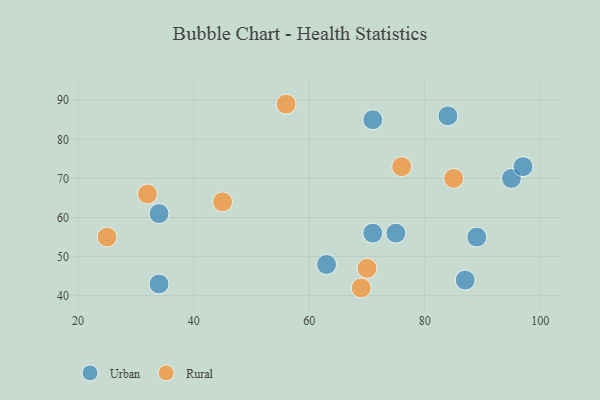
{"axis": {"x": "GDP", "y": "Life Expectancy"}, "legend": ["Rural", "Urban"], "data": [{"x": "34", "y": 43, "type": "Urban"}, {"x": "84", "y": 86, "type": "Urban"}, {"x": "95", "y": 70, "type": "Urban"}, {"x": "75", "y": 56, "type": "Urban"}, {"x": "71", "y": 56, "type": "Urban"}, {"x": "89", "y": 55, "type": "Urban"}, {"x": "63", "y": 48, "type": "Urban"}, {"x": "87", "y": 44, "type": "Urban"}, {"x": "97", "y": 73, "type": "Urban"}, {"x": "34", "y": 61, "type": "Urban"}, {"x": "71", "y": 85, "type": "Urban"}, {"x": "25", "y": 55, "type": "Rural"}, {"x": "70", "y": 47, "type": "Rural"}, {"x": "45", "y": 64, "type": "Rural"}, {"x": "69", "y": 42, "type": "Rural"}, {"x": "76", "y": 73, "type": "Rural"}, {"x": "85", "y": 70, "type": "Rural"}, {"x": "32", "y": 66, "type": "Rural"}, {"x": "56", "y": 89, "type": "Rural"}]}